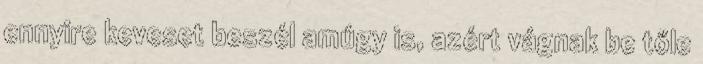
ennyire keveset beszél amúgy is, azért vágnak be tőle